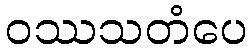
ဝဿသတံပေ